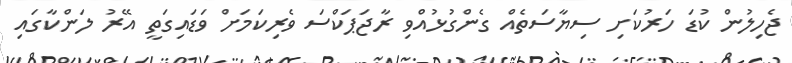
ޖެހިލުން ކުޑަ ހަރުކަށި ސިޔާސަތެއް ގެންގުޅުއްވި ރާޖަޕަކްސަ ވެރިކަމަށް ވަޑައިގަތީ އޭރު ލަންކާގައި